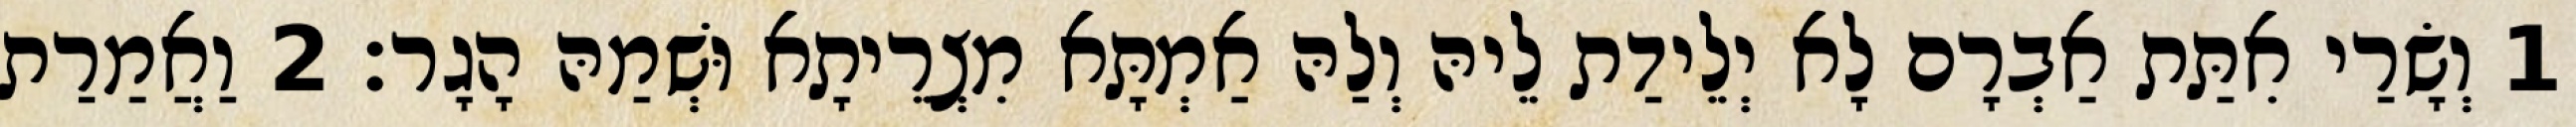
1 וְשָׂרַי אִתַּת אַבְרָם לָא יְלֵידַת לֵיהּ וְלַהּ אַמְתָּא מִצְרֵיתָא וּשְׁמַהּ הָגָר׃ 2 וַאֲמַרַת